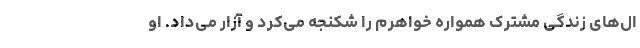
ال‌های زندگی مشترک همواره خواهرم را شکنجه می‌کرد و آزار می‌داد. او